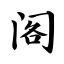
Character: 阁